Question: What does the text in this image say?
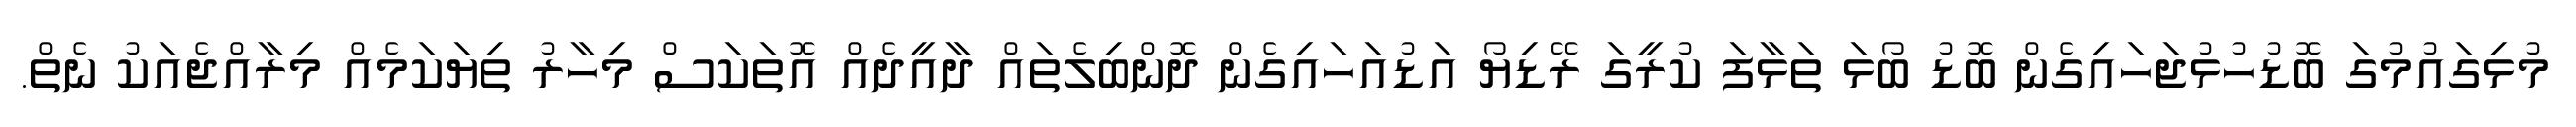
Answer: މުޅިގައުމުގަ ބޮޑުހުޅުޖަހައިގެން ބޮޑު ބޯޅަ ތަޅާފަ ކުރީގަ ރޭޑިޔޯ އަޑުއަހައިގެން ދޮންބިލެތައް ދާއީދެއް އޮތަކަސް މިހާރު ތިޔަކަމެއް މިރާއްޖެއަކު ނެތް.